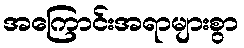
အကြောင်းအရာများစွာ